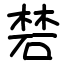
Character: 𥓙